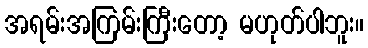
အရမ်းအကြမ်းကြီးတော့ မဟုတ်ပါဘူး။